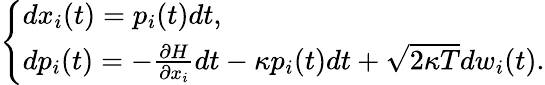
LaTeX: \begin{array}{r}{\left\{ \begin{array}{l}{dx_{i}(t)=p_{i}(t)dt,}\\ {dp_{i}(t)=-\frac{\partial H}{\partial x_{i}}dt-\kappa p_{i}(t)dt+\sqrt{2\kappa T}dw_{i}(t).}\end{array}\right.}\end{array}